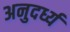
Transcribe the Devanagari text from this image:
अनुदर्ध्य